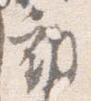
動